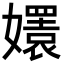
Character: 𡣱